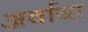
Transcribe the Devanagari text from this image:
अर्वाया